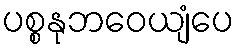
ပစ္စနုဘဝေယျံပေ